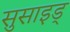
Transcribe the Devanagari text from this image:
सुसाइड्